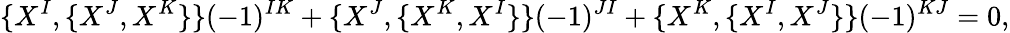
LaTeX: \{ X^{I},\{ X^{J},X^{K}\} \} (-1)^{IK}+\{ X^{J},\{ X^{K},X^{I}\} \} (-1)^{JI}+\{ X^{K},\{ X^{I},X^{J}\} \} (-1)^{KJ}=0,